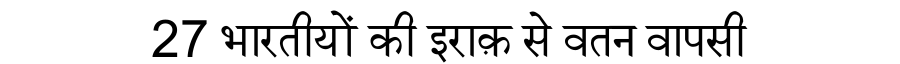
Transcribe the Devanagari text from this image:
27 भारतीयों की इराक़ से वतन वापसी